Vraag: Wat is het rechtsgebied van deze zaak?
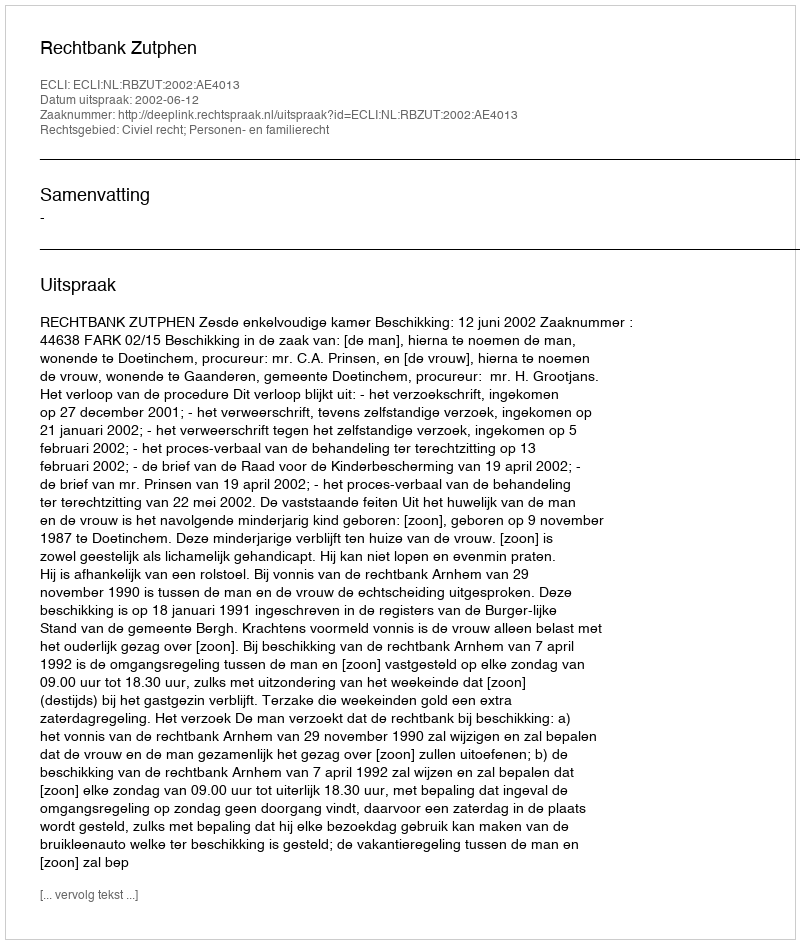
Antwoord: Civiel recht; Personen- en familierecht